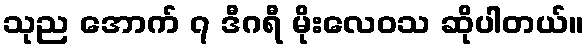
သုည အောက် ၇ ဒီဂရီ မိုးလေဝသ ဆိုပါတယ်။